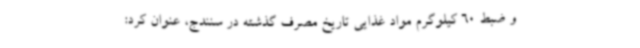
و ضبط 60 کیلوگرم مواد غذایی تاریخ مصرف گذشته در سنندج، عنوان کرد: